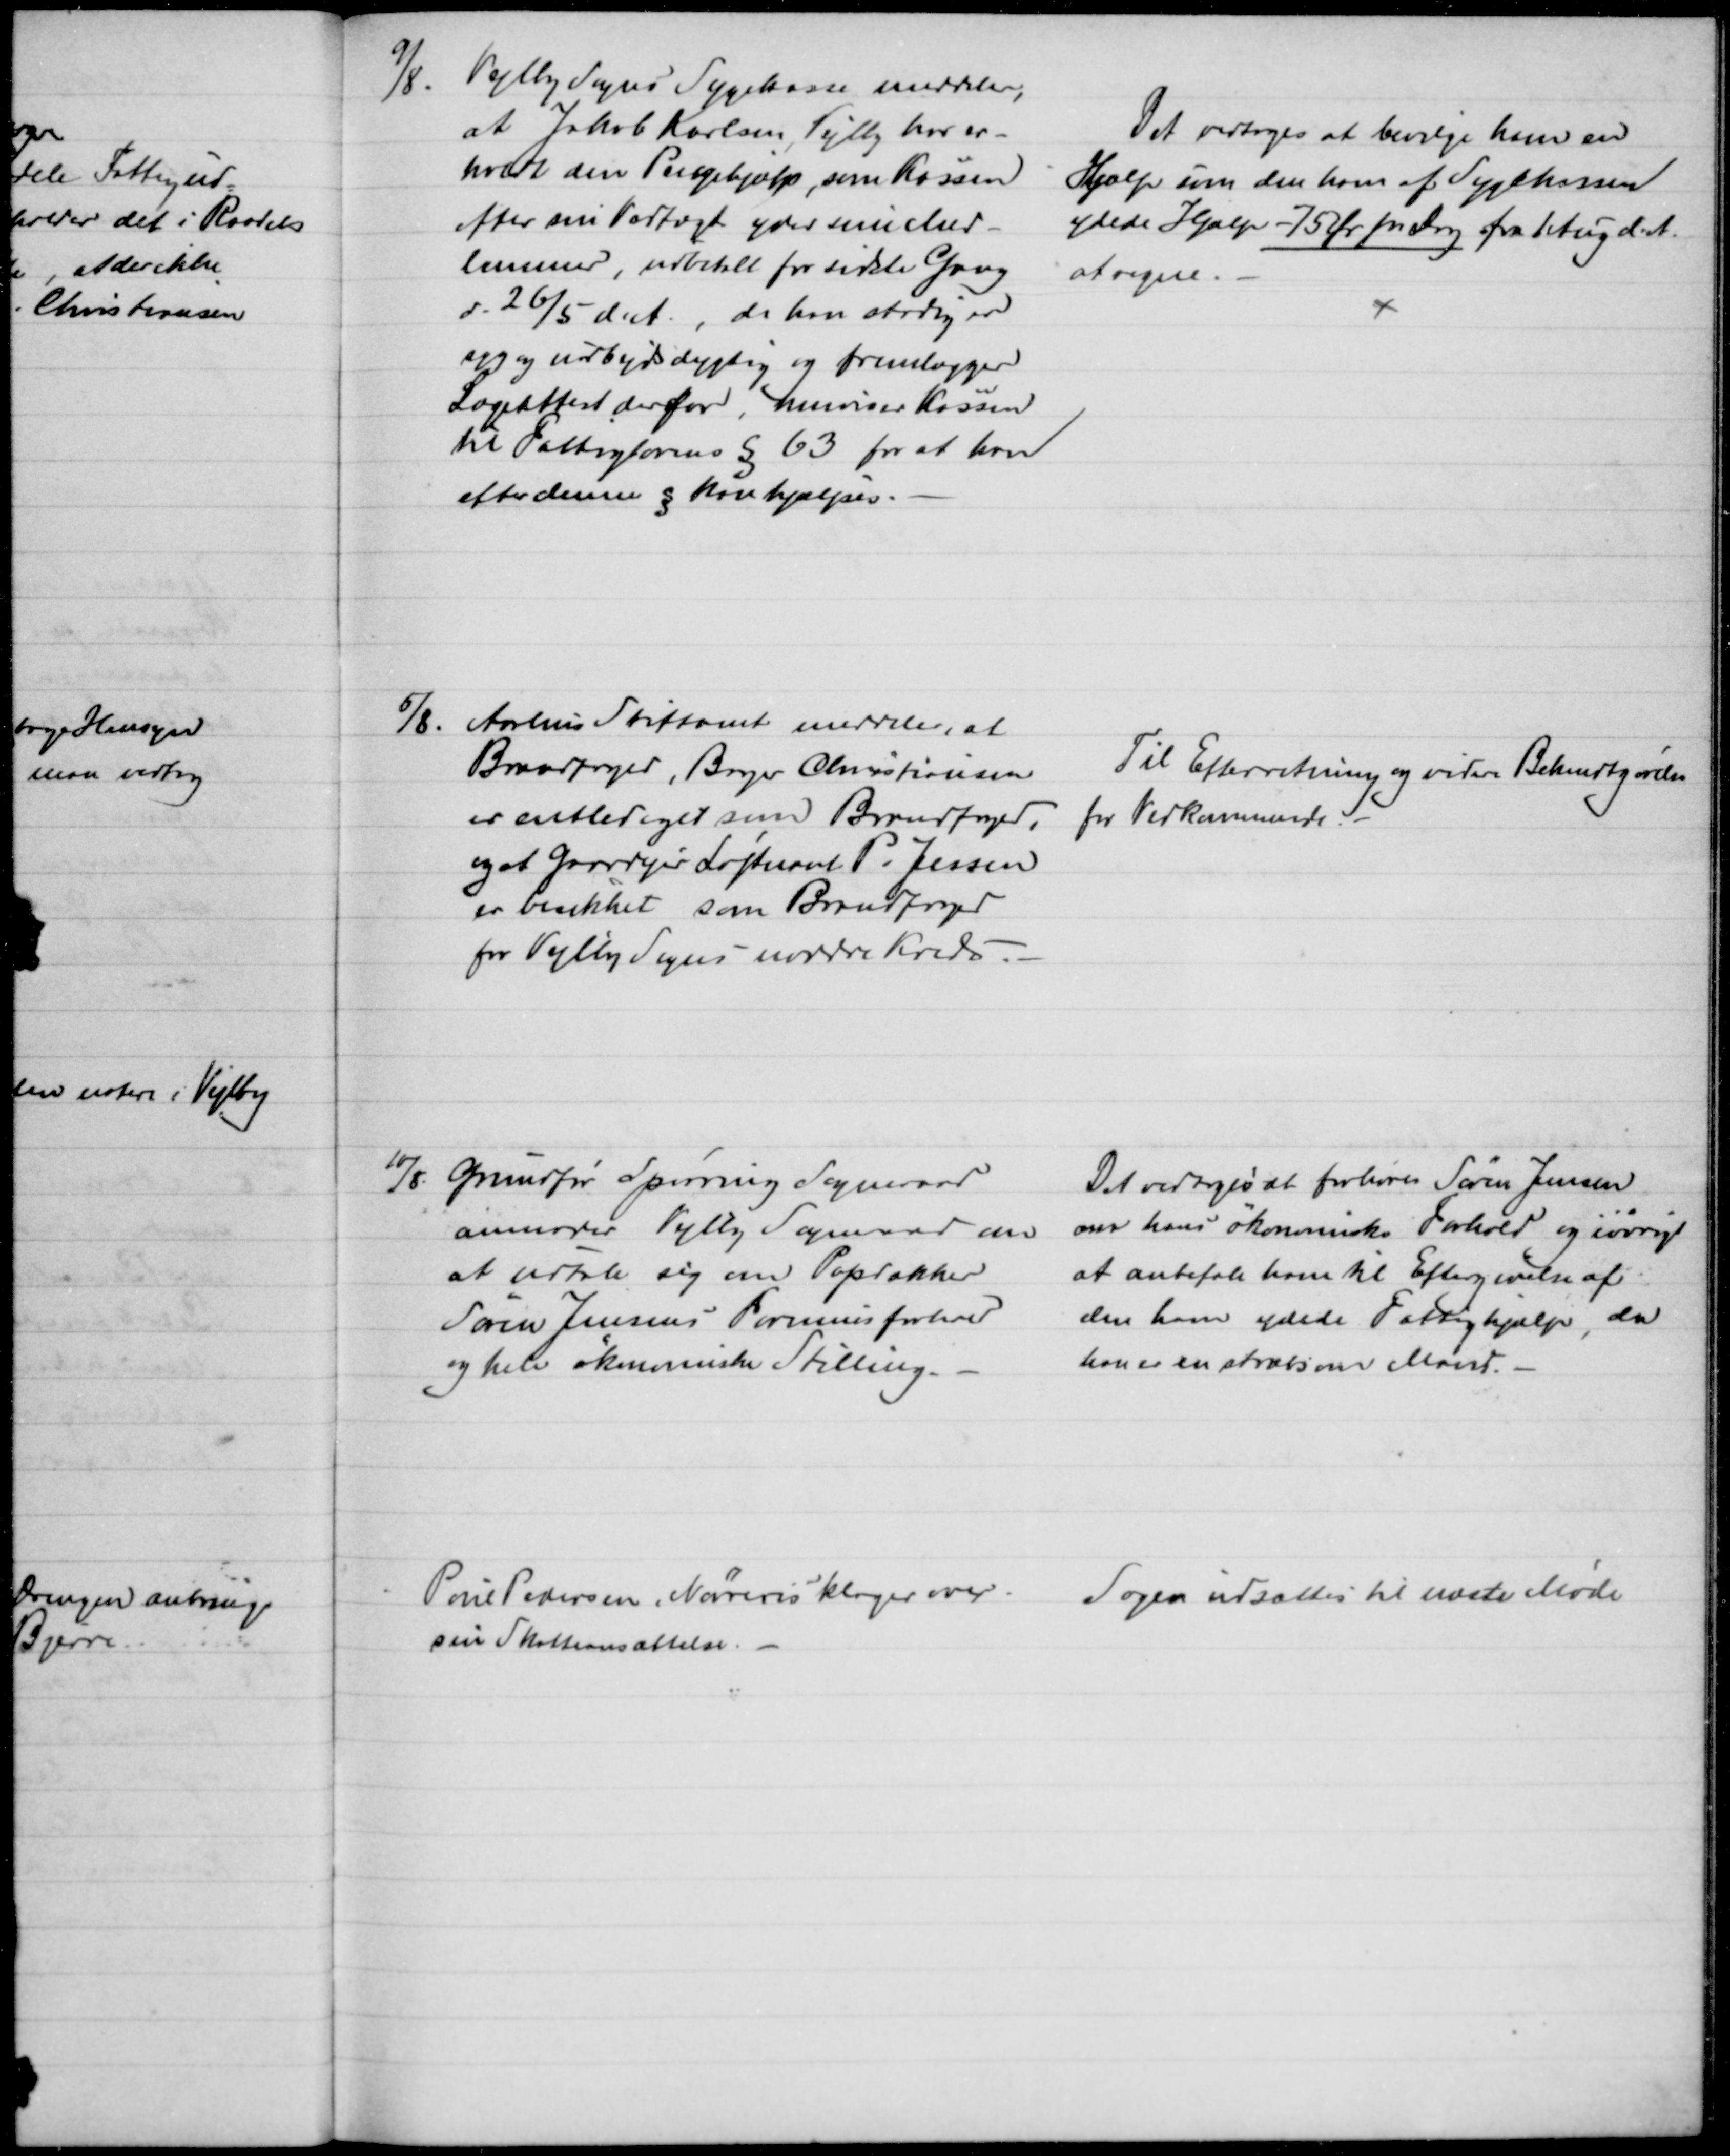
Transskription:
9/8.
Vejlby Sogns Sygekasse meddeler,
at Jakob Karlsen, Vejlby har er-
holdt den Pengehjælp, som Kassen
efter sin Vedtægt yder sine Med-
lemmer, udbetalt for sidste Gang
d. 26/5 d. A., da han stadig er
syg og uarbejdsdygtig og fremlægger
Lægeattest derfor, henviser Kassen
til Fattiglovens § 63 for at han
efter denne § kan hjælpes.
Det vedtoges at bevilge ham en 
Hjælp som den ham af Sygekassen
ydede Hjælp - 75 Øre pr Dag fra 1 Aug d. A.
at regne.
5/8.
Aarhus Stiftamt meddeler, at
Brandfoged, Bager Christiansen
er entlediget som Brandfoged,
og at Gaardejer Løjtnant P. Jessen
er besikket som Brandfoged
for Vejlby Sogns nordre Kreds.
Til Efterretning og videre Bekendtgørelse
for Vedkommende 
10/8. Grundfør Spørring Sogneraad
anmoder Vejlby Sognerad om
at udtale sig om Papdækker
Søren Jensens Formueforhold
og hele økonomiske Stilling.
Det vedtoges at forhøre Søren Jensen
om hans økonomiske Forhold og iøvrigt
at anbefale ham til Eftergivelse af
den ham ydede Fattighjælp, da
han er en stræbsom Mand.
Poul Pedersen, Nørreris klager over
sin Skatteansættelse.
Sagen udsættes til næste Møde